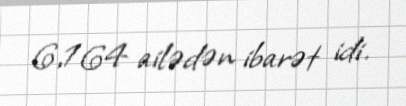
6,164 ailədən ibarət idi.